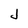
Character: J